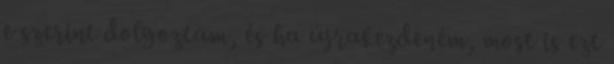
e szerint dolgoztam, és ha újrakezdeném, most is ezt